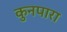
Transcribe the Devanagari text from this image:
कुनपारा